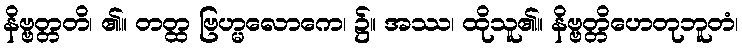
နိဗ္ဗတ္တတိ၊ ၏။ တတ္ထ ဗြဟ္မလောကေ၊ ၌။ အဿ၊ ထိုသူ၏။ နိဗ္ဗတ္တိဟေတုဘူတံ၊